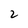
Character: 2